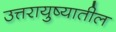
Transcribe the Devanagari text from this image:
उत्तरायुष्यातील